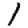
Digit: 1